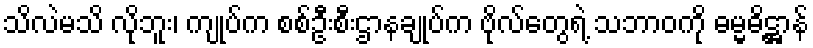
သိလဲမသိ လိုဘူး၊ ကျုပ်က စစ်ဦးစီးဌာနချုပ်က ဗိုလ်တွေရဲ့ သဘာဝကို ဓမ္မဓိဋ္ဌာန်